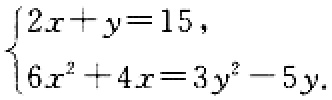
$\begin{cases}2x + y = 15,\\6x^{2}+4x = 3y^{2}-5y.\end{cases}$